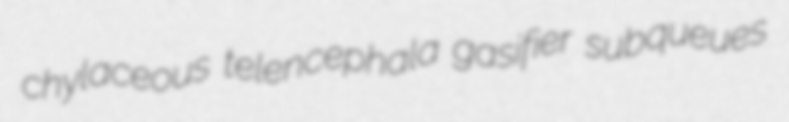
chylaceous telencephala gasifier subqueues